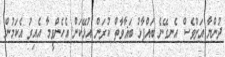
ދުންޔާ އަށްވެސް އެނގޭނެ ބައްޕާޅު ބަޣާވާތް ކުރަން އުޅޭކަން އެހެންވީމާ އެއިރު އެކަމުން